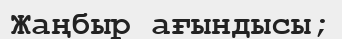
Жаңбыр ағындысы;